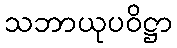
သဘာယုပဝိဋ္ဌာ